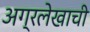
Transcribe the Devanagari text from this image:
अग्रलेखाची